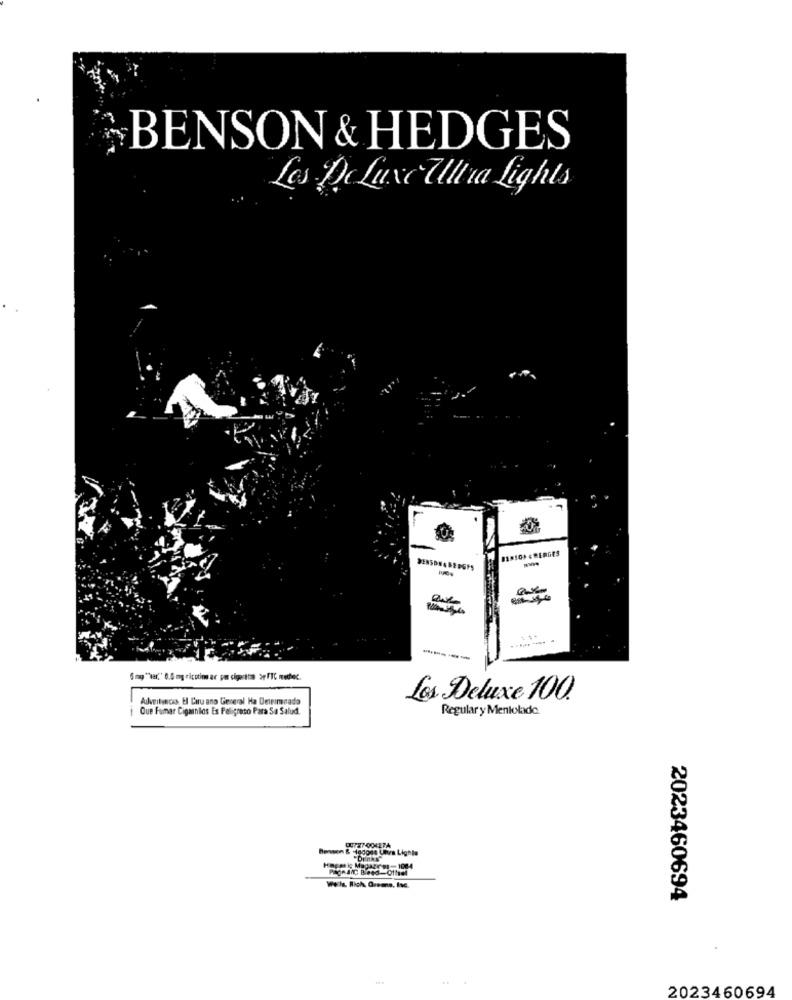
BENSON & HEDGES
Les De Luxe Ultra Lights
82.50* * ERGES
DERSONABEDGES
5mg "tar," 0.0 mg ricotim ar pm cigarttin àFIC methec.
Advertencia H Curu ano General Ha Deirimnada
Les Deluxe 100.
Que Fumar Cigarnios Es Peligroso Para Sa Salud.
Regular y Mentolado
Benson & ctedone Unea Lighta
Drinks
Happ ig Mapatron - 1084
We.la. Rich Greens, Ise.
2023460694
2023460694